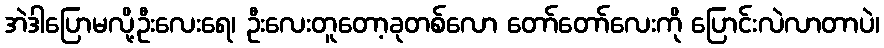
အဲဒါပြောမလို့ဦးလေးရေ၊ ဦးလေးတူတော့ခုတစ်လော တော်တော်လေးကို ပြောင်းလဲလာတာပဲ၊